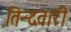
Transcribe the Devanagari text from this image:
तिन्‍दवारी